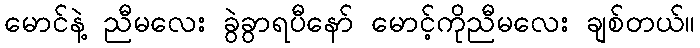
မောင်နဲ့ ညီမလေး ခွဲခွာရပီနော် မောင့်ကိုညီမလေး ချစ်တယ်။